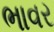
ભાવર